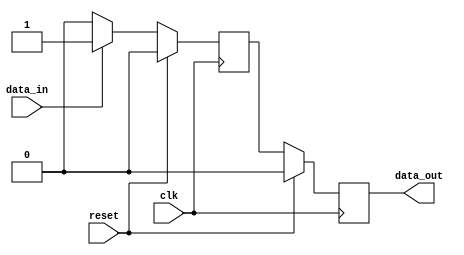
module io_buffer (
    input wire clk,
    input wire reset,
    input wire data_in,
    output reg data_out
);

reg buffer;

always @(posedge clk) begin
    if (reset) begin
        buffer <= 1'b0;
        data_out <= 1'b0;
    end else begin
        if (data_in) begin
            buffer <= 1'b1;
        end else begin
            buffer <= 1'b0;
        end
        data_out <= buffer;
    end
end

endmodule